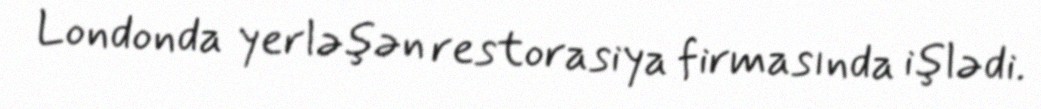
Londonda yerləşən restorasiya firmasında işlədi.